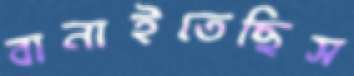
বানাইতেছিস